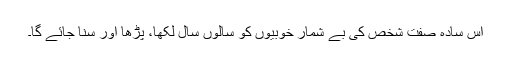
اس سادہ صفت شخص کی بے شمار خوبیوں کو سالوں سال لکھا، پڑھا اور سنا جائے گا۔